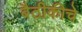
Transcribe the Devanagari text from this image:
बैठीकीचे